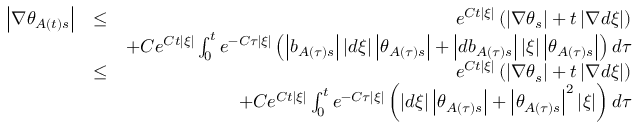
\begin{array} { r l r } { \left\vert \nabla \theta _ { A \left( t \right) s } \right\vert } & { \leq } & { e ^ { C t \left\vert \xi \right\vert } \left( \left\vert \nabla \theta _ { s } \right\vert + t \left\vert \nabla d \xi \right\vert \right) } \\ & { } & { + C e ^ { C t \left\vert \xi \right\vert } \int _ { 0 } ^ { t } e ^ { - C \tau \left\vert \xi \right\vert } \left( \left\vert b _ { A \left( \tau \right) s } \right\vert \left\vert d \xi \right\vert \left\vert \theta _ { A \left( \tau \right) s } \right\vert + \left\vert d b _ { A \left( \tau \right) s } \right\vert \left\vert \xi \right\vert \left\vert \theta _ { A \left( \tau \right) s } \right\vert \right) d \tau } \\ & { \leq } & { e ^ { C t \left\vert \xi \right\vert } \left( \left\vert \nabla \theta _ { s } \right\vert + t \left\vert \nabla d \xi \right\vert \right) } \\ & { } & { + C e ^ { C t \left\vert \xi \right\vert } \int _ { 0 } ^ { t } e ^ { - C \tau \left\vert \xi \right\vert } \left( \left\vert d \xi \right\vert \left\vert \theta _ { A \left( \tau \right) s } \right\vert + \left\vert \theta _ { A \left( \tau \right) s } \right\vert ^ { 2 } \left\vert \xi \right\vert \right) d \tau } \end{array}